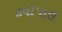
કવોપાઉ